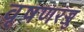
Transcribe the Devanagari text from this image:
वृषणरज्जु